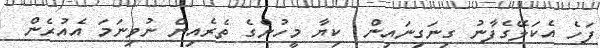
ފަހެ އެކަލޭގެފާނު ގިނަގިނައިން  ކިޔާ މީހުންގެ ތެރެއިން ނުވިނަމަ އެއުރެން